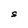
Character: s